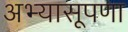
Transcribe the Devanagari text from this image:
अभ्यासूपणा